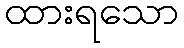
ထားရသော